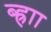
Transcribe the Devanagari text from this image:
ब्ह्राा